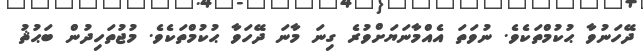
ދޭހަނުވާ ޙުކުމްތަކެވެ. ނުވަތަ އެއްމާނަޔަށްވުރެ ގިނަ މާނަ ދޭހަވާ ޙުކުމްތަކެވެ. މުޖުތަހިދުން ބަޙުޘު